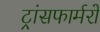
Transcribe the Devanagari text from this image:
ट्रांसफार्मरों